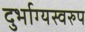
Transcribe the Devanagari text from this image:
दुर्भाग्यस्वरुप